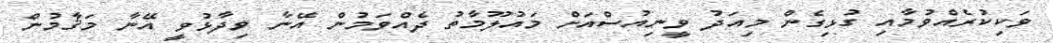
ވަކިކުރެއްވުމާއި ގުޅިގެން މިއަދު ވީނިއުސްއަށް މައުލޫމާތު ދެއްވަމުން އޭނާ ވިދާޅުވީ އޭނާ މަޤާމުން